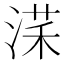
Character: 㴕